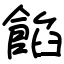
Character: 餡